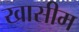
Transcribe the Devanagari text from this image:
खासीम